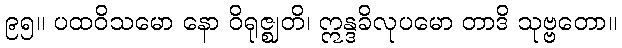
၉၅။ ပထဝိသမော နော ဝိရုဇ္ဈတိ၊ ဣန္ဒခိလုပမော တာဒိ သုဗ္ဗတော။